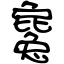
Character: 毚